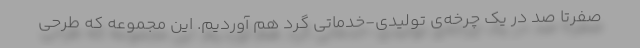
صفرتا صد در یک چرخه‌ی تولیدی-خدماتی گرد هم آوردیم. این مجموعه که طرحی